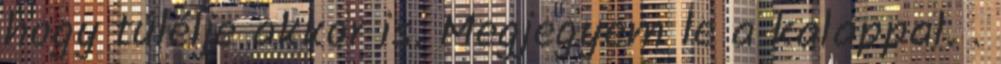
hogy túlélje akkor is. Megjegyem le a kalappal. .